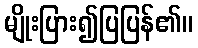
မျိုးပြား၍ပြပြန်၏။